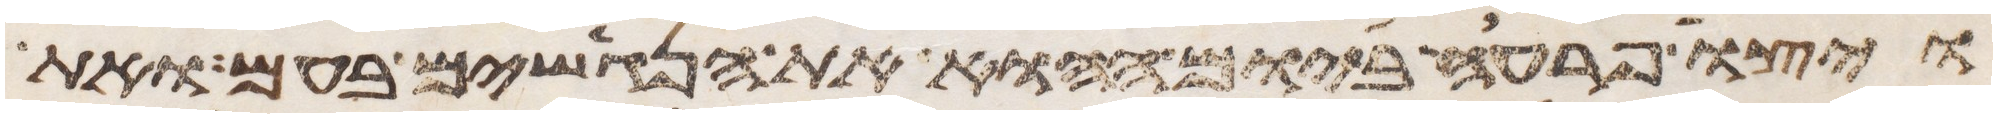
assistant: ויצו פרעה ביום ההוא את הנגשים בעם ואת